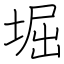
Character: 堀